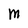
Character: M